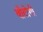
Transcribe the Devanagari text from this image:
बाँटोगी